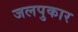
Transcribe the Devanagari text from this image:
जलपुकार